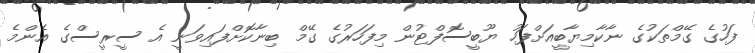
ފަހުގެ ގޭމްތަކުގެ ނާކާމިޔާބީއަށްފަހު ޔޫބީސޮފްޓުން މިފަހަރުގެ ގޭމް ބިނާކޮށްފައިވަނީ އެ ސީރީސްގެ އެންމެ